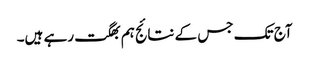
آج تک جس کے نتائج ہم بھگت رہے ہیں۔